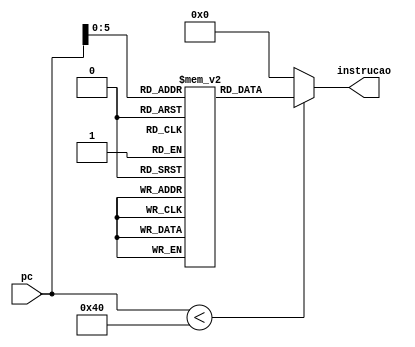
module memoria_instrucao (
    input [63:0] pc,
    output [31:0] instrucao
);
    /* Memoria de instrucao que busca testar uma de cada instrucoes de processador */

    reg [31:0] rom [63:0];  /* 64 espaos de memoria */
    integer i;

    initial begin  
        rom[0] = 32'b0; // Do nothing
        rom[1] = 32'b00000000000100000010000100000011; // load mem[1+reg[0]] into reg[2] -> reg[2] = 1 
        rom[2] = 32'b00000000001000001000001000110011; // add 1$ 2$ 4$
        rom[3] = 32'b00000000001000000000000010110011; // add 0$ 2$ 1$
        rom[4] = 32'b00000000010000000000000100110011; // add 0$ 4$ 2$
        rom[5] = 32'b00000000000100011000000110010011; // addi 3$ 1# 3$
        rom[6] = 32'b11111110100000011100110011100011; // blt 3$ $6 #-4
        rom[7] = 32'b11111110100000011000101111100011; // beq 3$ 6$ #-5
        rom[8] = 32'b00000000001000000010000010100011; // store reg[2] into mem[1+reg[0]]
        
        // 1111111 01000 00011 100 11001 1100011
        // 1111111 01000 00011 000 10111 1100011
        for (i=9; i<64; i=i+1)
            rom[i] = 32'b0;
    end  
    
    /* So devolve uma instrucao se o endereco estiver dentro do tamanho da memoria */
    assign instrucao = (pc[63:0] < 64 )? rom[pc]: 31'd0;

endmodule